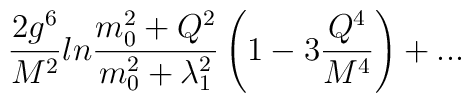
{2g^6\over M^2}ln{m_0^2+Q^2\over m_0^2+\lambda_1^2}\left( 1-3{Q^4\over M^4}\right)+...